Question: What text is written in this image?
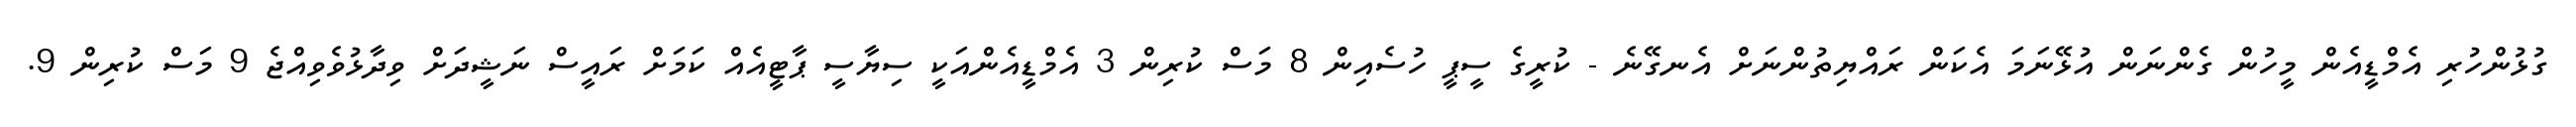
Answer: ގުޅުންހުރި އެމްޑީއެން މީހުން ގެންނަން އުޅޭނަމަ އެކަން ރައްޔިތުންނަށް އެނގޭނެ - ކުރީގެ ސީޕީ ހުސެއިން 8 މަސް ކުރިން 3 އެމްޑީއެންއަކީ ސިޔާސީ ޕާޓީއެއް ކަމަށް ރައީސް ނަޝީދަށް ވިދާޅުވެވިއްޖެ 9 މަސް ކުރިން 9.